Civil Veterinary Department. Central Provinces & Berar 1925-31 - 1925-1931
Year: 1925
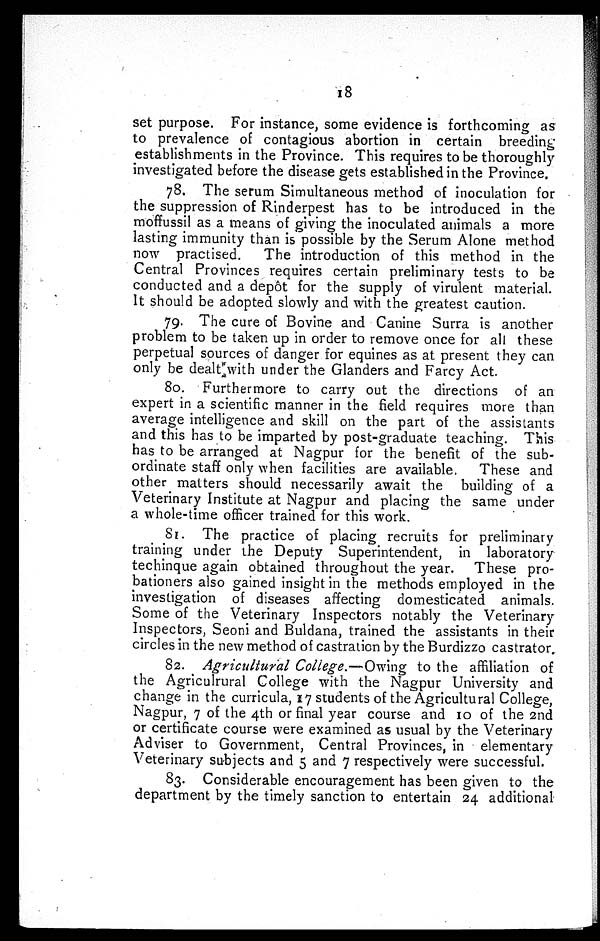
18
set purpose. For instance, some evidence is forthcoming as
to prevalence of contagious abortion in certain breeding
establishments in the Province. This requires to be thoroughly
investigated before the disease gets established in the Province.
78. The serum Simultaneous method of inoculation for
the suppression of Rinderpest has to be introduced in the
moffussil as a means of giving the inoculated animals a more
lasting immunity than is possible by the Serum Alone method
now practised. The introduction of this method in the
Central Provinces requires certain preliminary tests to be
conducted and a depôt for the supply of virulent material.
It should be adopted slowly and with the greatest caution.
79. The cure of Bovine and Canine Surra is another
problem to be taken up in order to remove once for all these
perpetual sources of danger for equines as at present they can
only be dealt with under the Glanders and Farcy Act.
80. Furthermore to carry out the directions of an
expert in a scientific manner in the field requires more than
average intelligence and skill on the part of the assistants
and this has to be imparted by post-graduate teaching. This
has to be arranged at Nagpur for the benefit of the sub-
ordinate staff only when facilities are available. These and
other matters should necessarily await the building of a
Veterinary Institute at Nagpur and placing the same under
a whole-time officer trained for this work.
81. The practice of placing recruits for preliminary
training under the Deputy Superintendent, in laboratory
technique again obtained throughout the year. These pro-
bationers also gained insight in the methods employed in the
investigation of diseases affecting domesticated animals.
Some of the Veterinary Inspectors notably the Veterinary
Inspectors, Seoni and Buldana, trained the assistants in their
circles in the new method of castration by the Burdizzo castrator.
82. Agricultural College.—Owing to the affiliation of
the Agriculrural College with the Nagpur University and
change in the curricula, 17 students of the Agricultural College,
Nagpur, 7 of the 4th or final year course and 10 of the 2nd
or certificate course were examined as usual by the Veterinary
Adviser to Government, Central Provinces, in elementary
Veterinary subjects and 5 and 7 respectively were successful.
83. Considerable encouragement has been given to the
department by the timely sanction to entertain 24 additional